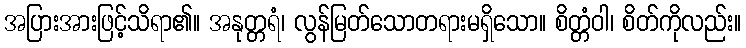
အပြားအားဖြင့်သိရာ၏။ အနုတ္တရံ၊ လွန်မြတ်သောတရားမရှိသော။ စိတ္တံဝါ၊ စိတ်ကိုလည်း။